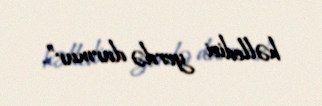
həlledici yerdə durmur”.